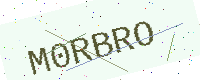
Text: M0RBRO